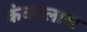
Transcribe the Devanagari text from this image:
कंकालास